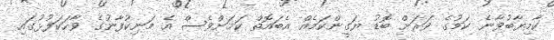
ކާމިޔާބުވާނެ ކަމުގެ ވަރަށް ބޮޑު ޔަގީންކަމެއް އެބައޮތް ކަމަށްވެސް އެ މަނިކުފާނުގެ ވާހަކަފުޅުގައި